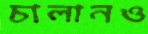
চালানও